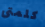
كلمتى